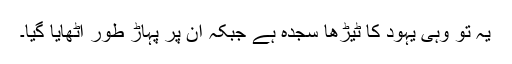
یہ تو وہی یہود کا ٹیڑھا سجدہ ہے جبکہ ان پر پہاڑِ طُور اٹھایا گیا۔